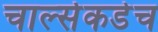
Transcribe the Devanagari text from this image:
चार्ल्सकडेच